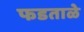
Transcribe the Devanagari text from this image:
फडताळे